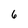
Character: 6